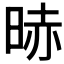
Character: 𣇐